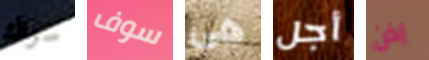
سواك سوف هي أجل إذن